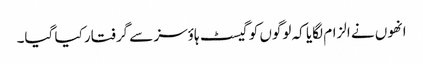
انھوں نے الزام لگایا کہ لوگوں کو گیسٹ ہاؤسز سے گرفتار کیا گیا۔